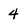
Character: 4